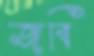
জবি